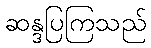
ဆန္ဒပြကြသည်